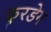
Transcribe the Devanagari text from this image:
कुरडेग